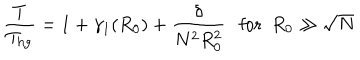
\frac { T } { T _ { \mathrm { h g } } } = 1 + \gamma _ { 1 } ( R _ { 0 } ) + \frac { \delta } { N ^ { 2 } R _ { 0 } ^ { 2 } } \ \ \ \mathrm { f o r } \ \ R _ { 0 } \gg \sqrt { N }